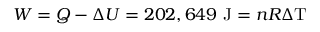
W = Q - \Delta U = 2 0 2 , 6 4 9 { \mathrm { ~ J } } = n R \Delta \mathrm { T }